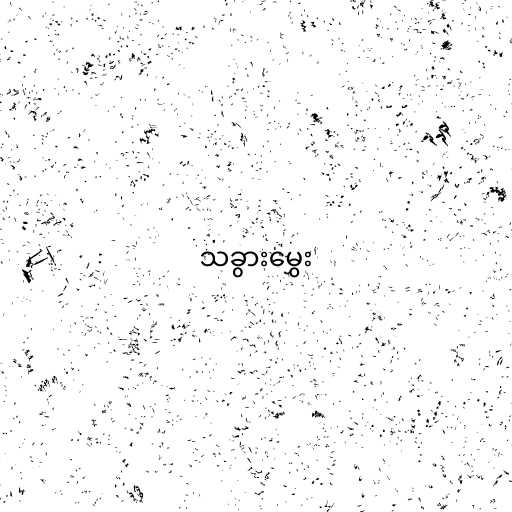
သခွားမွှေး